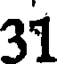
31